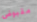
مقبوض